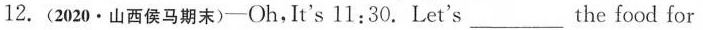
12. (2020·山西侯马期末)-Oh,It's l1:30.Let's ___ the food for